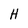
Character: H